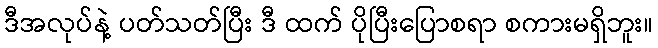
ဒီအလုပ်နဲ့ ပတ်သတ်ပြီး ဒီ ထက် ပိုပြီးပြောစရာ စကားမရှိဘူး။